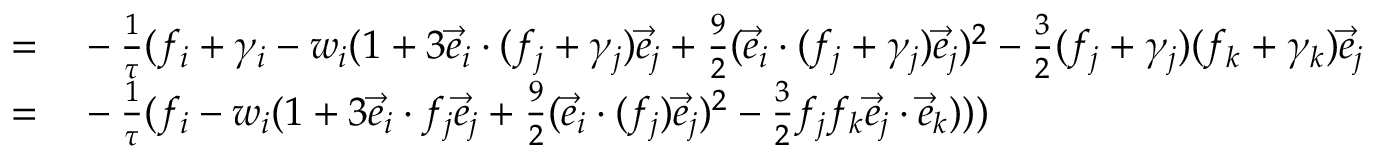
\begin{array} { r l } { = } & { { } - \frac { 1 } { \tau } ( f _ { i } + \gamma _ { i } - { w _ { i } } ( 1 + 3 \vec { e } _ { i } \cdot ( f _ { j } + \gamma _ { j } ) \vec { e } _ { j } + \frac { 9 } { 2 } ( \vec { e } _ { i } \cdot ( f _ { j } + \gamma _ { j } ) \vec { e } _ { j } ) ^ { 2 } - \frac { 3 } { 2 } ( f _ { j } + \gamma _ { j } ) ( f _ { k } + \gamma _ { k } ) \vec { e } _ { j } \cdot \vec { e } _ { k } ) ) ) } \\ { = } & { { } - \frac { 1 } { \tau } ( f _ { i } - { w _ { i } } ( 1 + 3 \vec { e } _ { i } \cdot f _ { j } \vec { e } _ { j } + \frac { 9 } { 2 } ( \vec { e } _ { i } \cdot ( f _ { j } ) \vec { e } _ { j } ) ^ { 2 } - \frac { 3 } { 2 } f _ { j } f _ { k } \vec { e } _ { j } \cdot \vec { e } _ { k } ) ) ) } \end{array}